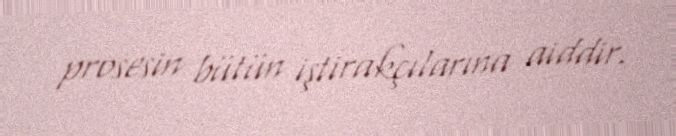
prosesin bütün iştirakçılarına aiddir.